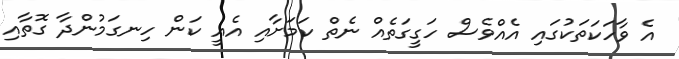
އެ ވާހަކަތަކުގައި އެއްވެސް ހަގީގަތެއް ނެތް ކަމަށާއި އެއީ ކަން ހިނގަމުންދާ ގޮތާއި